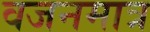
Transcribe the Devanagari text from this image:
वजनमात्र